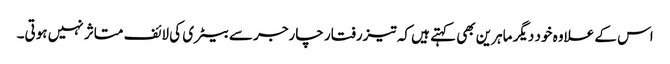
اس کے علاوہ خود دیگر ماہرین بھی کہتے ہیں کہ تیزرفتار چارجر سے بیٹری کی لائف متاثر نہیں ہوتی۔